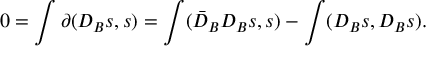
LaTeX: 0 = \int \partial ( D _ { B } s , s ) = \int ( \bar { D } _ { B } D _ { B } s , s ) - \int ( D _ { B } s , D _ { B } s ) .